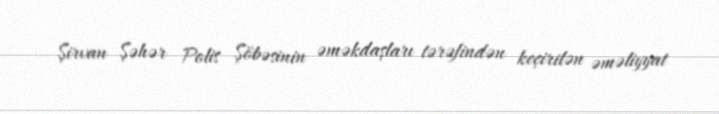
Şirvan Şəhər Polis Şöbəsinin əməkdaşları tərəfindən keçirilən əməliyyat